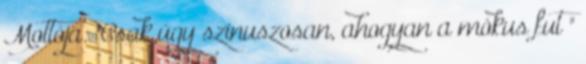
Mottója: "Csak úgy szinuszosan, ahogyan a mókus fut "